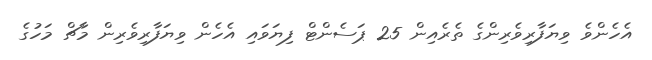
އެހެންވެ ވިޔަފާރިވެރިންގެ ތެެރެއިން 25 ޕަސެންޓް ފިޔަވައި އެހެން ވިޔަފާރިވެރިން މާޗް މަހުގެ